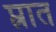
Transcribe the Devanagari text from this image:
प्त्रात